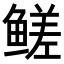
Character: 𬶣